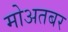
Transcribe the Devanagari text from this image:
मोअतबर